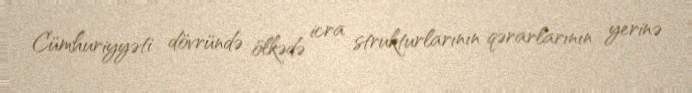
Cümhuriyyəti dövründə ölkədə icra strukturlarının qərarlarının yerinə